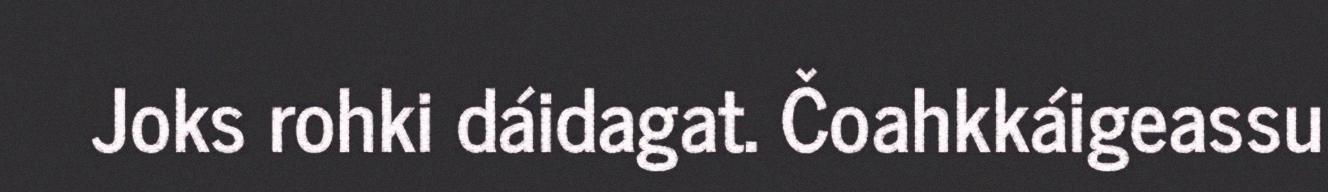
Joks rohki dáidagat. Čoahkkáigeassu